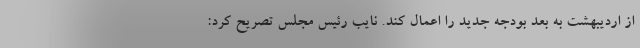
از اردیبهشت به بعد بودجه جدید را اعمال کند. نایب رئیس مجلس تصریح کرد: